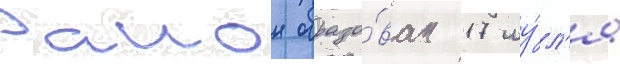
Раион образо́ван 17 иу́л'я